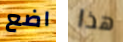
اضع هذا